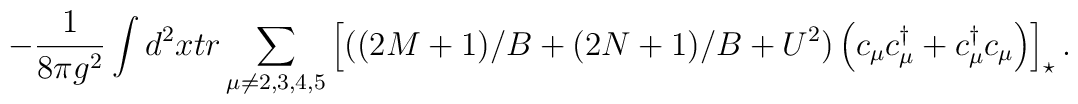
-\frac{1}{8\pi g^{2} } \int d^{2}x tr   \sum_{\mu \neq 2,3,4,5}\left[ ((2M+1)/B+(2N+1)/B+U^{2})       \left(c_{\mu} c_{\mu}^{\dagger}     +c_{\mu}^{\dagger} c_{\mu} \right)  \right]_{\star} .